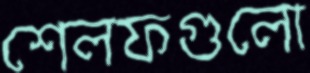
শেলফগুলো